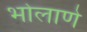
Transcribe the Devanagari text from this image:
भोलाणे